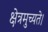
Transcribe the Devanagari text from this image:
क्षेत्रमुच्यते।